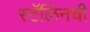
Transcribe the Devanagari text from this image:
स्टॅलिनची